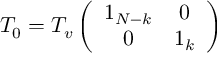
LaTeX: T _ { 0 } = T _ { v } \left( \begin{array} { c c } { { 1 _ { N - k } } } & { { 0 } } \\ { { 0 } } & { { 1 _ { k } } } \end{array} \right)